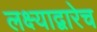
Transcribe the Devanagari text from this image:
लक्ष्याद्वारेच